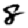
Digit: 8